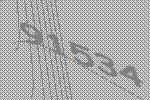
91534